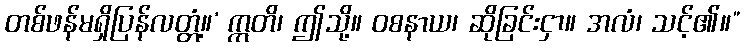
တစ်ဖန်မရှိပြန်လတ္တံ့။’ ဣတိ၊ ဤသို့။ ဝစနာယ၊ ဆိုခြင်းငှာ။ အလံ၊ သင့်၏။”